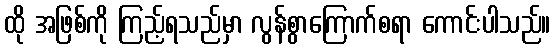
ထို အဖြစ်ကို ကြည့်ရသည်မှာ လွန်စွာကြောက်စရာ ကောင်းပါသည်။